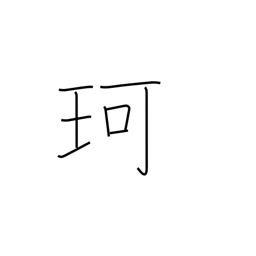
Meaning: jewel